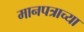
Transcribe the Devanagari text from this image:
मानपत्राच्या